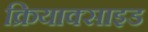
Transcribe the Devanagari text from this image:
क्रियाक्साइड